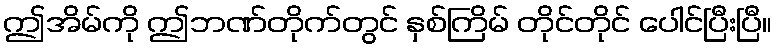
ဤအိမ်ကို ဤဘဏ်တိုက်တွင် နှစ်ကြိမ် တိုင်တိုင် ပေါင်ပြီးပြီ။